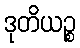
ဒုတိယဉ္စ